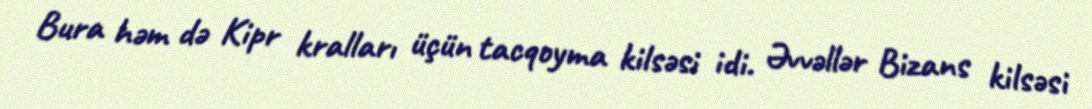
Bura həm də Kipr kralları üçün tacqoyma kilsəsi idi. Əvvəllər Bizans kilsəsi